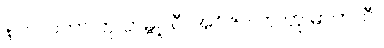
နာဂလတာ တု တမ္ဗူလီ၊ အဂ္ဂိဇာလာ တု ဓာတကီ။